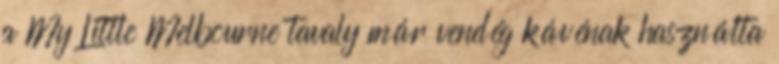
a My Little Melbourne tavaly már vendég kávénak használta